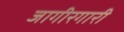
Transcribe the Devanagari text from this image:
जागीरगारी